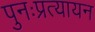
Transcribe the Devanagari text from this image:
पुनःप्रत्यायन